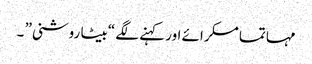
مہاتما مسکرائے اور کہنے لگے “بیٹا روشنی” ۔